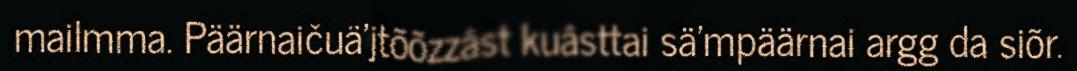
mailmma. Päärnaičuä'jtõõzzâst kuâsttai sä'mpäärnai argg da siõr.